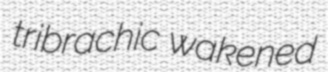
tribrachic wakened